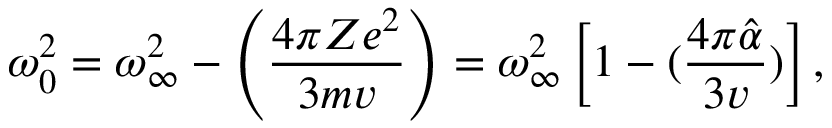
\omega _ { 0 } ^ { 2 } = \omega _ { \infty } ^ { 2 } - \left( \frac { 4 \pi Z e ^ { 2 } } { 3 m v } \right) = \omega _ { \infty } ^ { 2 } \left[ 1 - ( \frac { 4 \pi { \hat { \alpha } } } { 3 v } ) \right] ,